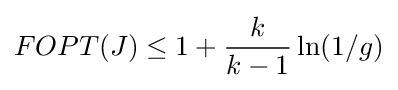
FOPT(J)\leq 1+{\frac {k}{k-1}}\ln(1/g)